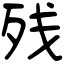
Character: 残